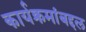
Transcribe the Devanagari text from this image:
कार्यक्रमांबद्दल